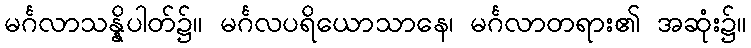
မင်္ဂလာသန္နိပါတ်၌။ မင်္ဂလပရိယောသာနေ၊ မင်္ဂလာတရား၏ အဆုံး၌။